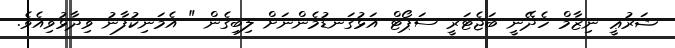
ޝަރުޢީ ނިޒާމް ހެދޭނީ ބަޖެޓަރީ ސަޕޯޓް އަޅުގަނޑުމެންނަށް ލިބިގެން " އެމަނިކުފާނު ވިދާޅުވިއެވެ.